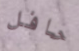
حافل